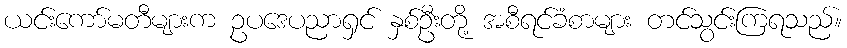
ယင်းကော်မတီများက ဥပဒေပညာရှင် နှစ်ဦးတို့ အစီရင်ခံစာများ တင်သွင်းကြရသည်။